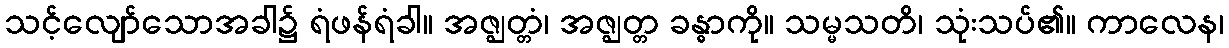
သင့်လျော်သောအခါ၌ ရံဖန်ရံခါ။ အဇ္ဈတ္တံ၊ အဇ္ဈတ္တ ခန္ဓာကို။ သမ္မသတိ၊ သုံးသပ်၏။ ကာလေန၊